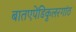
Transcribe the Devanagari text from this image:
बातएपेंडिकुलरगांठ